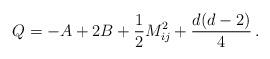
LaTeX: \begin{align*}Q=-A+2B+\frac{1}{2}M_{ij}^2+\frac{d(d-2)}{4}\,.\end{align*}